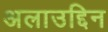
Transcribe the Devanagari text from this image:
अलाउद्दिन